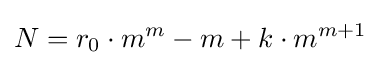
N=r_{0}\cdot m^{m}-m+k\cdot m^{m+1}